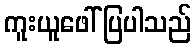
ကူးယူဖေါ်ပြပါသည်